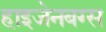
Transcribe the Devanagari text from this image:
हाइजेनबग्स